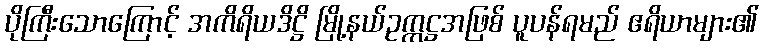
ပိုကြီးသောကြောင့် အကိရိယဒိဋ္ဌိ မြို့နယ်ဥက္ကဋ္ဌအဖြစ် ပူပန်ရမည် ဧရိယာများ၏